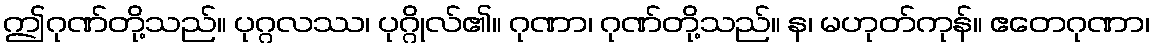
ဤဂုဏ်တို့သည်။ ပုဂ္ဂလဿ၊ ပုဂ္ဂိုလ်၏။ ဂုဏာ၊ ဂုဏ်တို့သည်။ န၊ မဟုတ်ကုန်။ ဧတေဂုဏာ၊